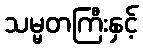
သမ္မတကြီးနှင့်